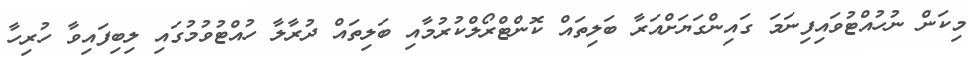
މިކަން ނުހުއްޓުވައިފިނަމަ ގައިންގަޔަށްއަރާ ބަލިތައް ކޮންޓްރޯލްކުރުމާއި ބަލިތައް ދުރާލާ ހުއްޓުވުމުގައި ލިބިފައިވާ ހުރިހާ